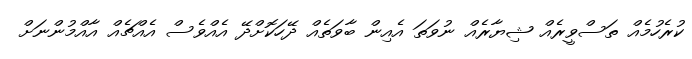
ކުރެހުމެއް ތަސްވީރެއް ޝިޔާރެއް ނުވަތަ އެއިން ބާވަތެއް ދޭހަކޮށްދޭ އެއްވެސް އެއްޗެއް އާއްމުންނަށް